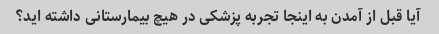
آیا قبل از آمدن به اینجا تجربه پزشکی در هیچ بیمارستانی داشته اید؟